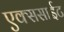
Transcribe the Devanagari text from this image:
एक्ससाईट